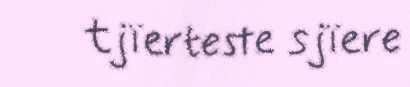
tjïerteste sjïere